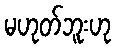
မဟုတ်ဘူးဟု